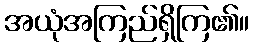
အယုံအကြည်ရှိကြ၏။